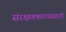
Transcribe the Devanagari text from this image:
संरक्षणकरण्यासाठी